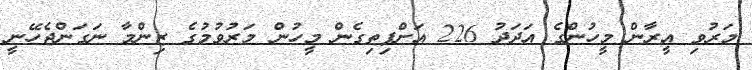
މަރުވި އީރާން މީހުންގެ އަދަދު 226 އަށްފިތިގެން މީހުން މަރުވުމުގެ ޒިންމާ ނަގަންޖެހޭނީ